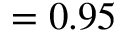
= 0 . 9 5